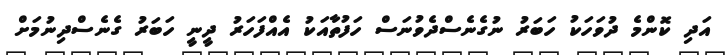
އަދި ކޮންމެ ދުވަހަކު ހަބަރު ނުގެނެސްދެވުނަސް ހަފުތާއަކު އެއްފަހަރު ދީނީ ހަބަރު ގެނެސްދިނުމަށް